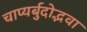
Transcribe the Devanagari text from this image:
चाप्यर्बुदोद्भवा